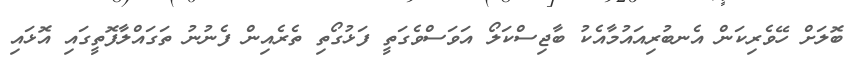
ބޮލަށް ހޭވެރިކަން އެނބުރިއައުމާއެކު ބާޖިސްކަލޯ އަވަސްވެގަތީ ފަޅުގޯތި ތެރެއިން ފެނުނު ތަގައްލާފޮތީގައި އޮޅައި